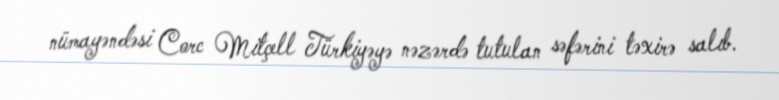
nümayəndəsi Corc Mitçell Türkiyəyə nəzərdə tutulan səfərini təxirə salıb.